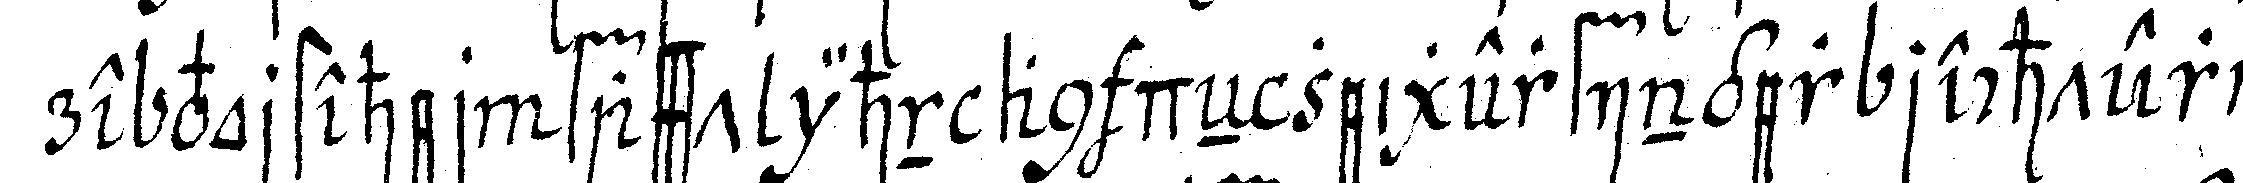
re vorsteher fasst ihn an deN zeigerfinger rechter